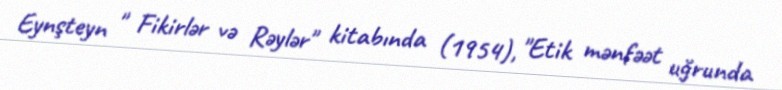
Eynşteyn " Fikirlər və Rəylər" kitabında (1954), "Etik mənfəət uğrunda